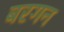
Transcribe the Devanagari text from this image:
बरगन